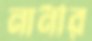
নানীর